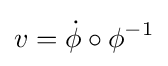
v={\dot {\phi }}\circ \phi ^{-1}